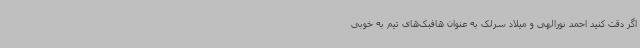
اگر دقت کنید احمد نورالهی و میلاد سرلک به عنوان هافبک‌های تیم به خوبی